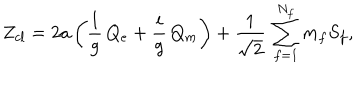
Z _ { c l } = 2 a \, \biggl ( { \frac { 1 } { g } } \, Q _ { e } + { \frac { i } { g } } \, Q _ { m } \biggr ) + { \frac { 1 } { \sqrt { 2 } } } \, \sum _ { f = 1 } ^ { N _ { f } } m _ { f } S _ { f } ,